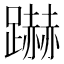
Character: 𮜜